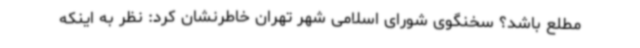
مطلع باشد؟ سخنگوی شورای اسلامی شهر تهران خاطرنشان کرد: نظر به اینکه